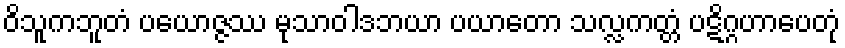
ဝိသူကဘူတံ ပယောဇ္ဇဿ မုသာဝါဒဘယာ ပယာတော သလ္လကတ္တံ ပဋိဂ္ဂဟာပေတုံ